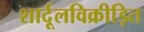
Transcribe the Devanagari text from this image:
शार्दूलविक्रीड़ित